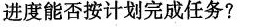
进度能否按计划完成任务?